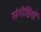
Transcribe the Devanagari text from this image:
संगॊष्ठियॊं